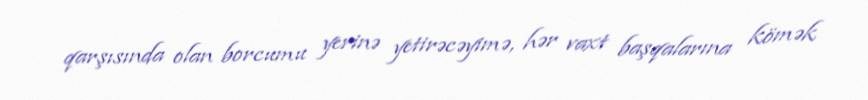
qarşısında olan borcumu yerinə yetirəcəyimə, hər vaxt başqalarına kömək